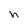
Character: h